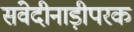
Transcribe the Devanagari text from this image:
संवेदीनाड़ीपरक